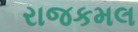
રાજકમલ